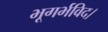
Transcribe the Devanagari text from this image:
भूगर्भविद।